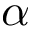
\boldsymbol { \alpha }